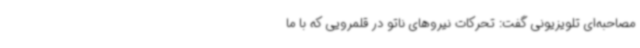
مصاحبه‌ای تلویزیونی گفت:‌ تحرکات نیروهای ناتو در قلمرویی که با ما